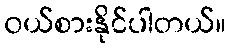
၀ယ်စားနိုင်ပါတယ်။